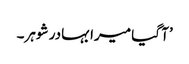
’آ گیا میرا بہادر شوہر۔